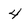
Character: 4